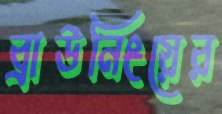
ব্রাউনিংয়ের